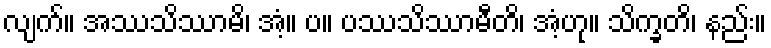
လျက်။ အဿသိဿာမိ၊ အံ့။ ပ။ ပဿသိဿာမီတိ၊ အံ့ဟု။ သိက္ခတိ၊ နည်း။